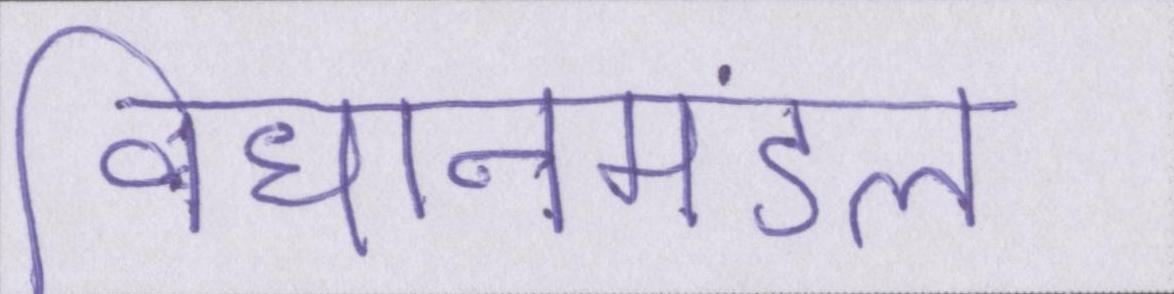
विधानमंडल